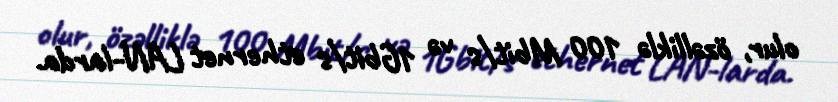
olur, özəlliklə 100 Mbit/s və 1Gbit/s ethernet LAN-larda.